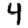
Digit: 4